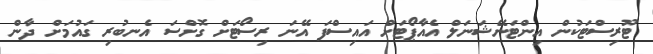
ޓޫރިސްޓަކުން އިންޓަނޭޝަނަލް އެއާޕޯޓަށް އައިސްފަ އޭނަ ރިސޯޓަށް ގޮށްސަ އެނބުރި ގައުމަށް ދާން